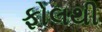
ફોલથી